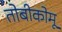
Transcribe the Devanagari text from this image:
तोबीकोमू